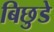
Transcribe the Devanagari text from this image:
बिछुडे